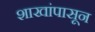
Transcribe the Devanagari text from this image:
शाखांपासून